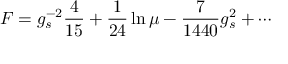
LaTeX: F = g _ { s } ^ { - 2 } { \frac { 4 } { 1 5 } } + { \frac { 1 } { 2 4 } } \ln \mu - { \frac { 7 } { 1 4 4 0 } } { g _ { s } ^ { 2 } } + \cdots